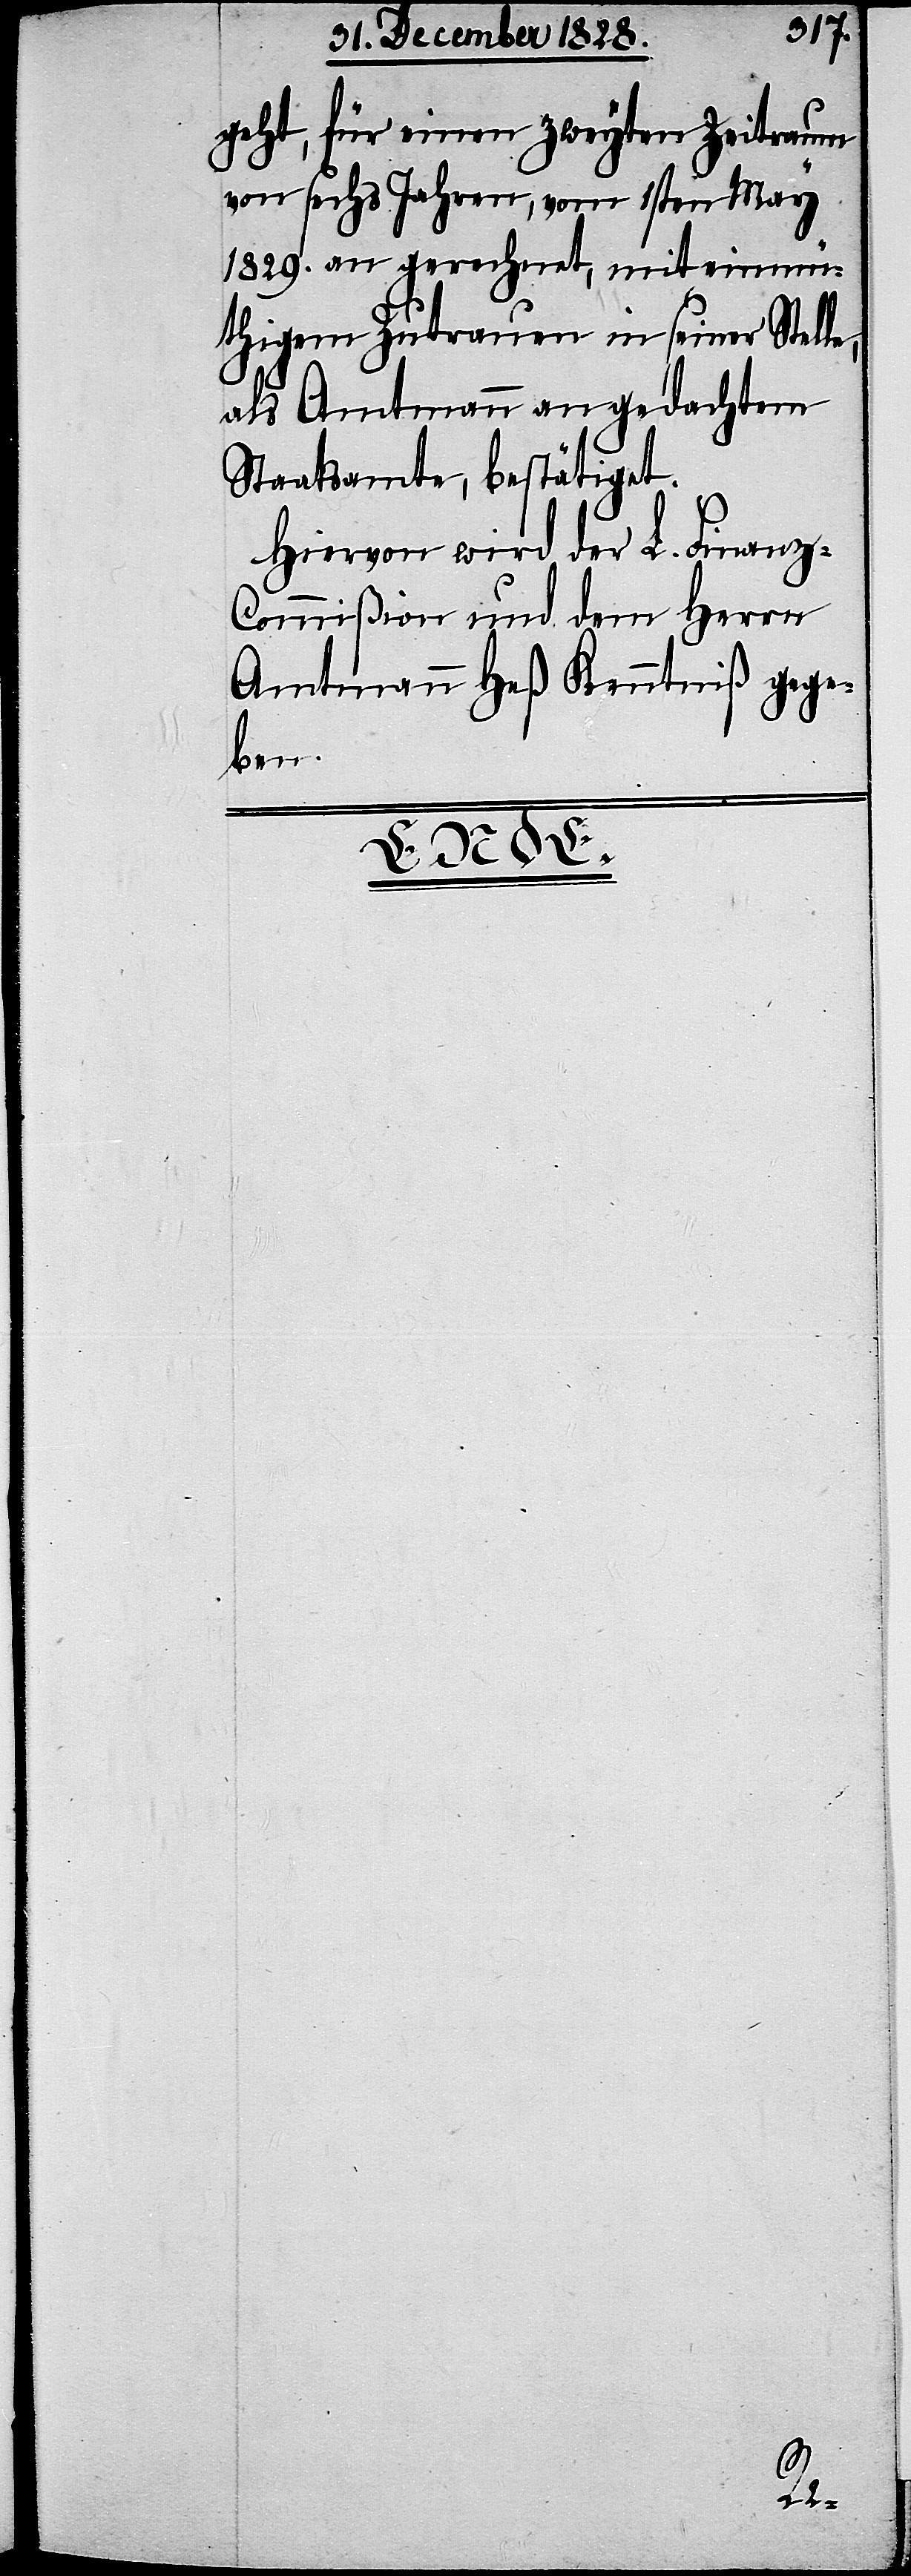
geht, für einen zweyten Zeitraum
von sechs Jahren, vom 1sten May
1829. an gerechnet, mit einmü¬
thigem Zutrauen in seiner Stell¬
als Amtmann an gedachtem
Staatsamte, bestätiget.
Hiervon wird der L. Finanz-C¬
ommißion und dem Herrn
Amtmann Heß Kenntniß gege¬
ben.

e,